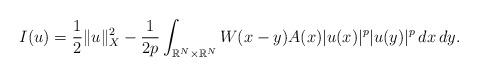
LaTeX: \begin{align*} I(u) = \frac{1}{2} \|u\|_X^2 - \frac{1}{2p} \int_{\mathbb{R}^N \times \mathbb{R}^N} W(x-y)A(x)|u(x)|^p |u(y)|^p \, dx \, dy.\end{align*}